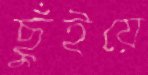
ছুঁইয়ে